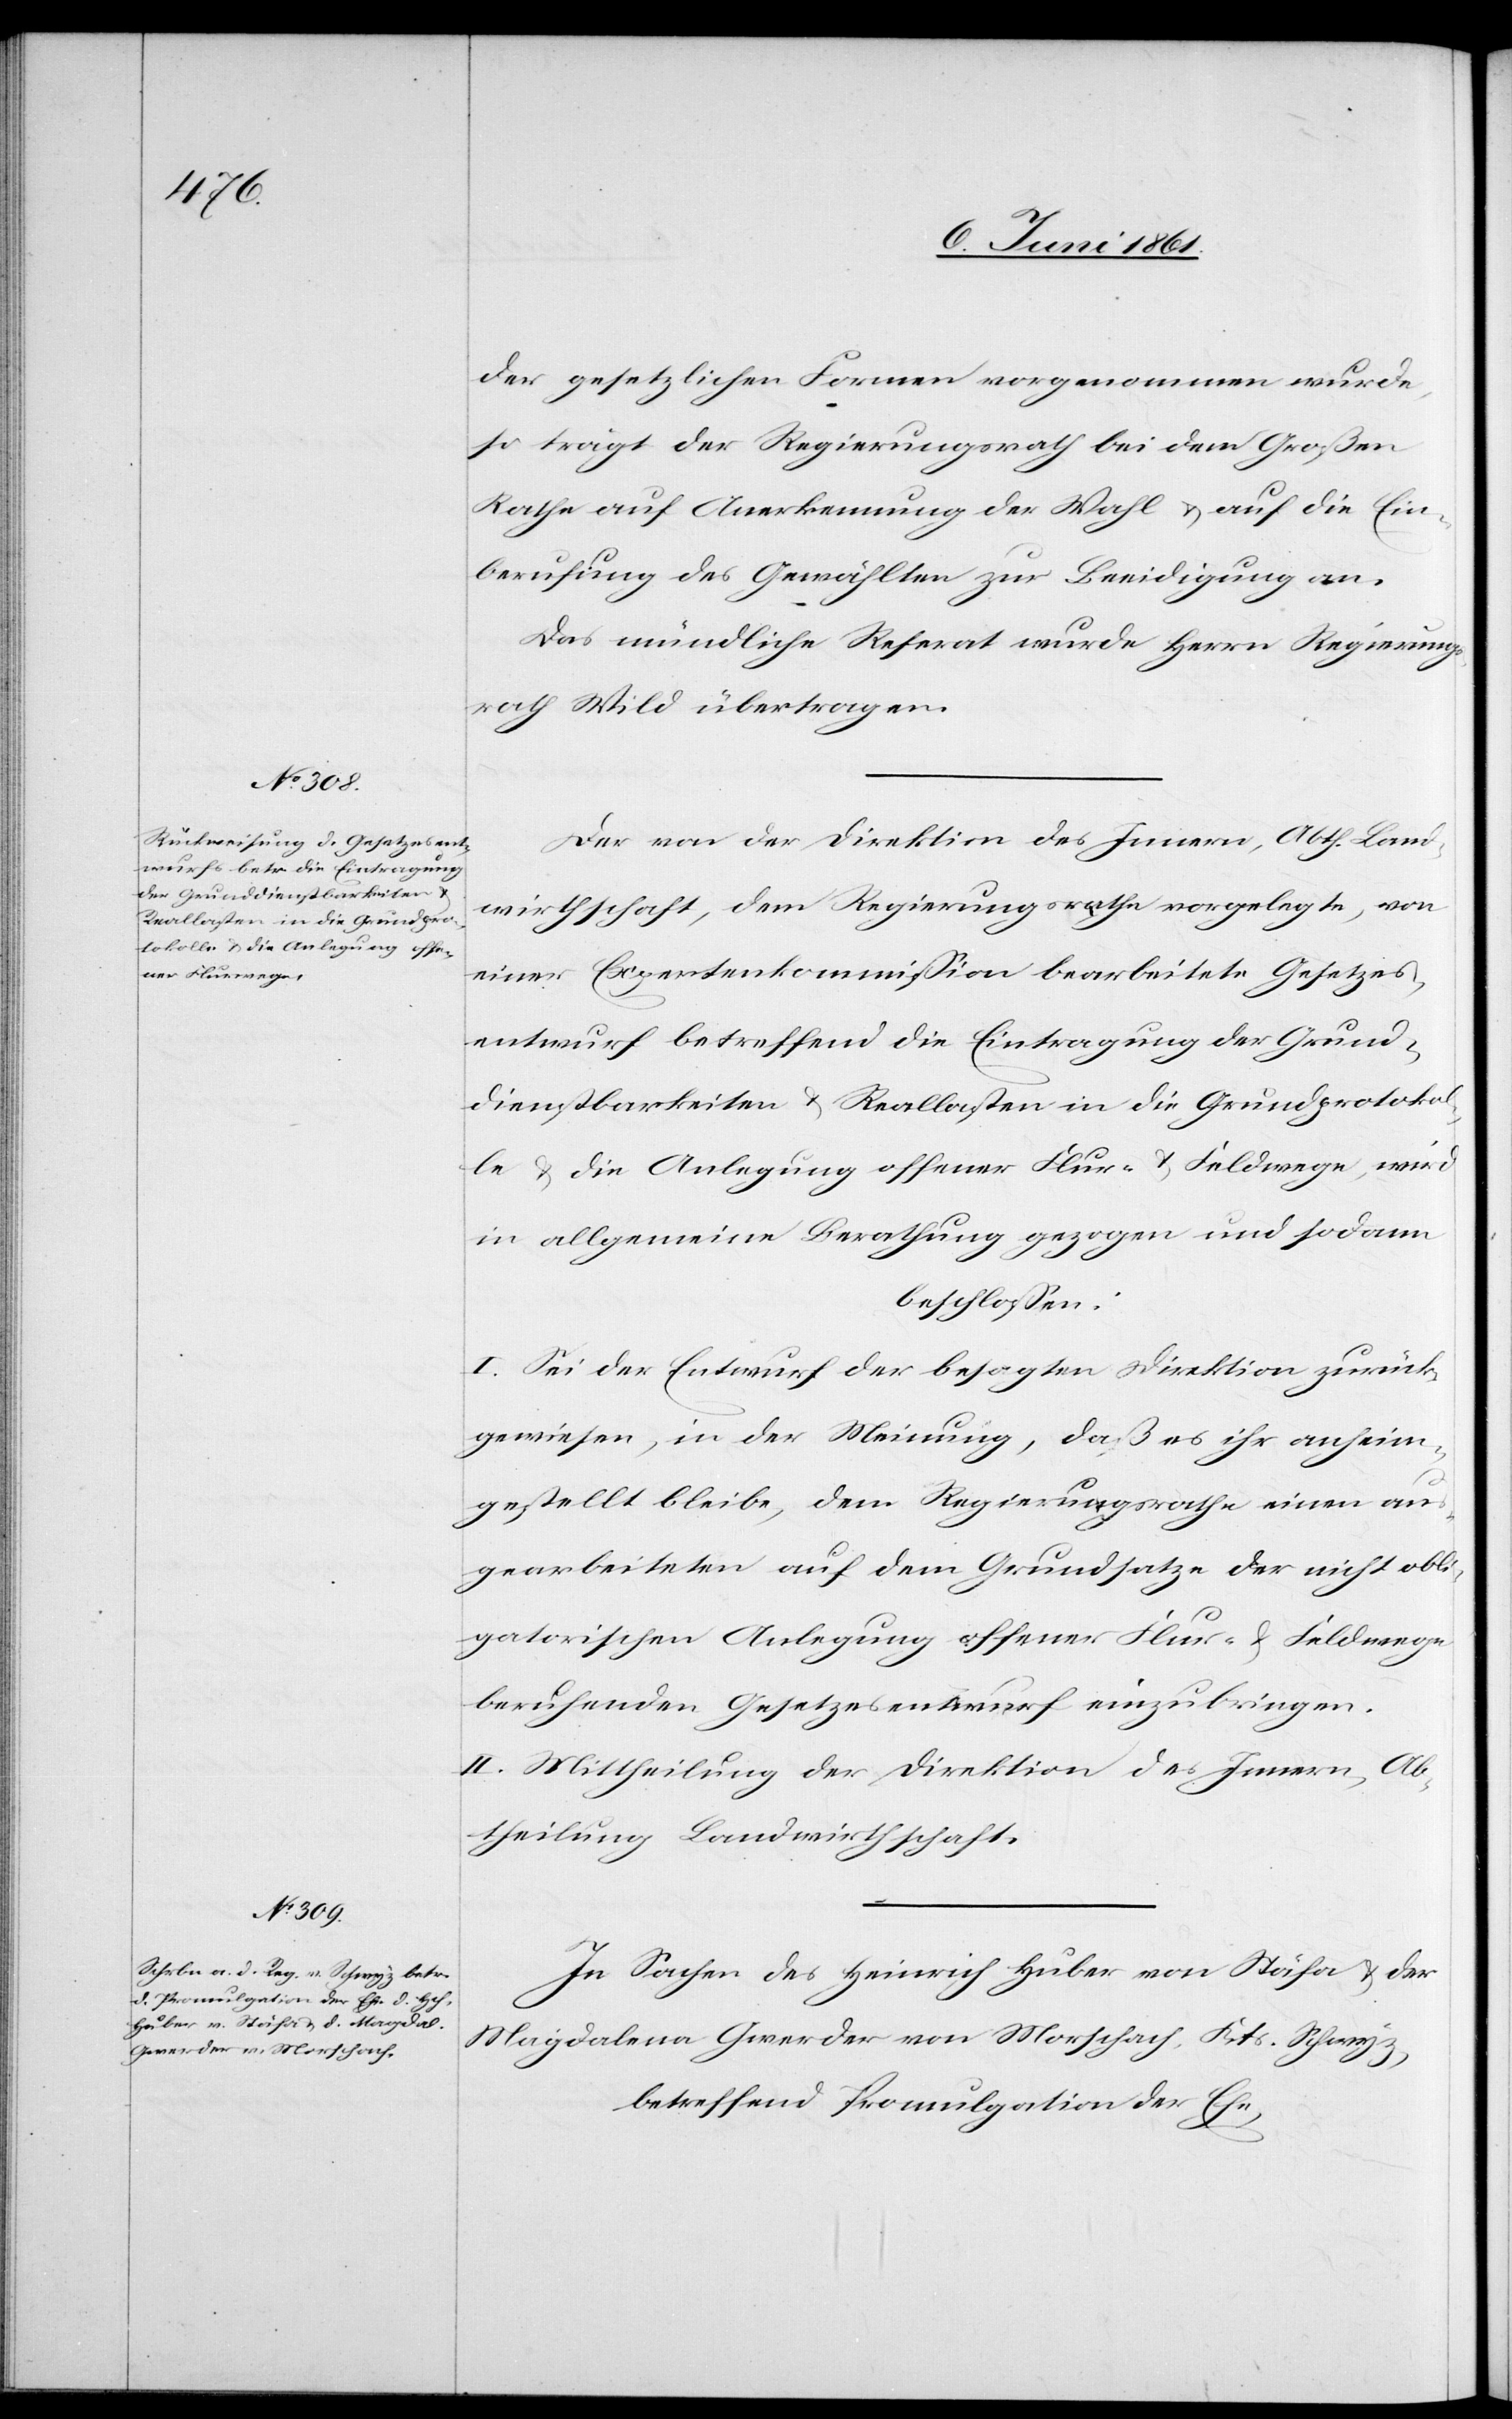
der gesetzlichen Formen vorgenommen wurde,
so trägt der Regierungsrath bei dem Großen
Rathe auf Anerkennung der Wahl u. auf die Ein¬
berufung des Gewählten zur Beeidigung an.
Das mündliche Referat wurde Herrn Regierung¬
srath Wild übertragen.
Der von der Direktion des Innern, Abth. Land¬
wirthschaft, dem Regierungsrathe vorgelegte, von
einer Expertenkommission bearbeitete Gesetzes¬
entwurf betreffend die Eintragung der Grund¬
dienstbarkeiten u. Reallasten in die Grundprotokol¬
le u. die Anlegung offener Flur- u. Feldwege, wird
in allgemeine Berathung gezogen und sodann
beschlossen:
I. Sei der Entwurf der besagten Direktion zurück¬
gewiesen, in der Meinung, daß es ihr anheim¬
gestellt bleibe, dem Regierungsrathe einen au¬
sgearbeiteten auf dem Grundsatze der nicht obli¬
gatorischen Anlegung offener Flur- u. Feldwege
beruhenden Gesetzesentwurf einzubringen.
II. Mittheilung der Direktion des Innern, Ab¬
theilung Landwirthschaft.
In Sachen des Heinrich Huber von Stäfa u. der
Magdalena Gwerder von Morschach, Kts. Schwyz,
betreffend Promulgation der Ehe,